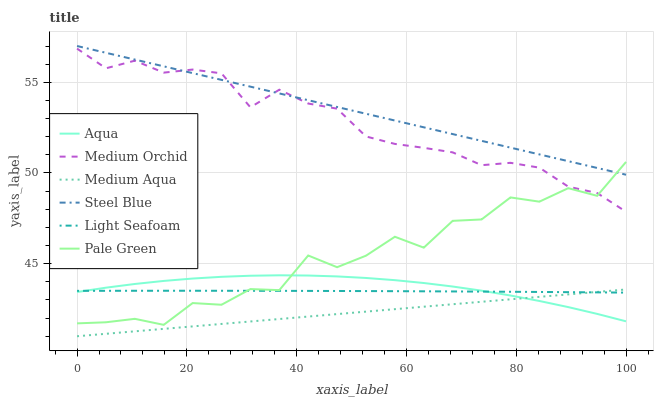
| xaxis_label | Aqua | Medium Orchid | Medium Aqua | Steel Blue | Light Seafoam | Pale Green |
 | --- | --- | --- | --- | --- | --- | --- |
 | 0 | 43.4 | 56.9 | 41 | 57 | 43.5 | 41.7 |
 | 5.26 | 43.7 | 55.8 | 41.1 | 56.6 | 43.5 | 41.8 |
 | 10.5 | 43.9 | 56.2 | 41.3 | 56.3 | 43.5 | 42 |
 | 15.8 | 44 | 55.5 | 41.4 | 55.9 | 43.5 | 41.6 |
 | 21.1 | 44.2 | 55.7 | 41.5 | 55.5 | 43.5 | 42.8 |
 | 26.3 | 44.3 | 55.5 | 41.7 | 55.1 | 43.5 | 42.7 |
 | 31.6 | 44.3 | 53.6 | 41.8 | 54.8 | 43.5 | 43.6 |
 | 36.8 | 44.4 | 54.6 | 42 | 54.4 | 43.5 | 43.5 |
 | 42.1 | 44.3 | 53.8 | 42.1 | 54 | 43.5 | 45.5 |
 | 47.4 | 44.3 | 53.5 | 42.2 | 53.6 | 43.5 | 44.8 |
 | 52.6 | 44.2 | 52 | 42.4 | 53.3 | 43.5 | 45.4 |
 | 57.9 | 44.1 | 51.6 | 42.5 | 52.9 | 43.5 | 46.5 |
 | 63.2 | 43.9 | 51.4 | 42.6 | 52.5 | 43.5 | 45.9 |
 | 68.4 | 43.7 | 51.1 | 42.8 | 52.1 | 43.5 | 47.4 |
 | 73.7 | 43.5 | 50.4 | 42.9 | 51.8 | 43.5 | 47.4 |
 | 78.9 | 43.2 | 50.6 | 43 | 51.4 | 43.5 | 48.7 |
 | 84.2 | 42.9 | 50.3 | 43.2 | 51 | 43.4 | 48.4 |
 | 89.5 | 42.6 | 49.2 | 43.3 | 50.7 | 43.4 | 49.2 |
 | 94.7 | 42.2 | 48.9 | 43.4 | 50.3 | 43.4 | 48.7 |
 | 100 | 41.8 | 47.9 | 43.6 | 49.9 | 43.4 | 50.6 |